Report on the bubonic plague in Bombay, 1896-1897
Year: 1896
Disease focus: Plague
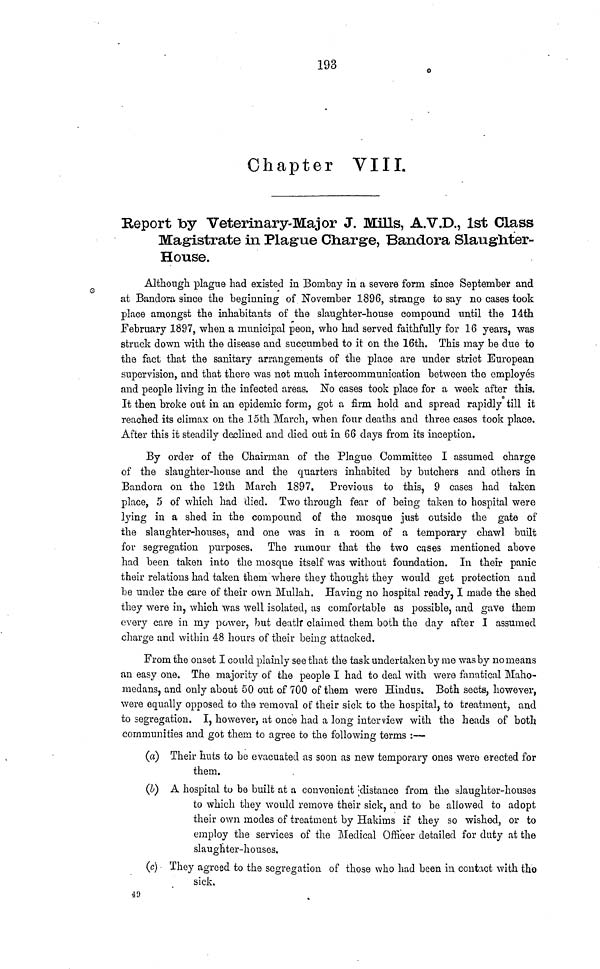
193
Chapter VIII.
Report by Veterinary-Major J. Mills, A.V.D., 1st Class
Magistrate in Plague Charge, Bandora Slaughter-
House.
Although plague had existed in Bombay in a severe form since September and
at Bandora since the beginning of November 1896, strange to say no cases took
place amongst the inhabitants of the slaughter-house compound until the 14th
February 1897, when a municipal peon, who had served faithfully for 16 years, was
struck down with the disease and succumbed to it on the 16th. This may be due to
the fact that the sanitary arrangements of the place are under strict European
supervision, and that there was not much intercommunication between the employés
and people living in the infected areas. No cases took place for a week after this.
It then broke out in an epidemic form, got a firm hold and spread rapidly till it
reached its climax on the 15th March, when four deaths and three cases took place.
After this it steadily declined and died out in 66 days from its inception.
By order of the Chairman of the Plague Committee I assumed charge
of the slaughter-house and the quarters inhabited by butchers and others in
Bandora on the 12th March 1897.
Previous to this, 9 cases had taken
place, 5 of which had died. Two through fear of being taken to hospital were
lying in a shed in the compound of the mosque just outside the gate of
the slaughter-houses, and one was in a room of a temporary chawl built
for segregation purposes. The rumour that the two cases mentioned above
had been taken into the mosque itself was without foundation. In their panic
their relations had taken them where they thought they would get protection and
be under the care of their own Mullah. Having no hospital ready, I made the shed
they were in, which was well isolated, as comfortable as possible, and gave them
every care in my power, but deatlr claimed them both the day after I assumed
charge and within 48 hours of their being attacked.
From the onset I could plainly see that the task undertaken by me was by no means
an easy one. The majority of the people I had to deal with were fanatical Maho-
medans, and only about 50 out of 700 of them were Hindus. Both sects, however,
were equally opposed to the removal of their sick to the hospital, to treatment, and
to segregation. I, however, at once had a long interview with the heads of both
communities and got them to agree to the following terms :—
(a) Their huts to be evacuated as soon as new temporary ones were erected for
them.
(I) A hospital to be built at a convenient distance from the slaughter-houses
to which they would remove their sick, and to be allowed to adopt
their own modes of treatment by Hakims if they so wished, or to
employ the services of the Medical Officer detailed for duty at the
slaughter-houses.
(c) They agreed to the segregation of those who had been in contact with the
sick.
49